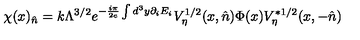
\chi ( x ) _ { \hat { n } } = k \Lambda ^ { 3 / 2 } e ^ { - \frac { i \pi } { 2 e } \int d ^ { 3 } y \partial _ { i } E _ { i } } V _ { \eta } ^ { 1 / 2 } ( x , \hat { n } ) \Phi ( x ) V _ { \eta } ^ { * 1 / 2 } ( x , - \hat { n } )